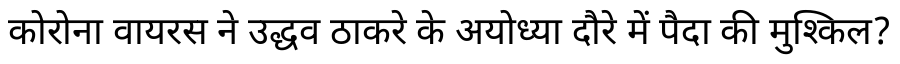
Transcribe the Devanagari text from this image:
कोरोना वायरस ने उद्धव ठाकरे के अयोध्या दौरे में पैदा की मुश्किल?